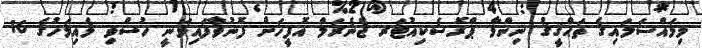
މިމައްސަލައިގެ ތަޙްޤީޤު ނިންމާ ޕްރޮސެކިއުޓަރ ޖެނެރަލް އޮފީހަށް ފޮނުވާފައިވަނީ ހުސްވި މެއިމަހުގެ 16